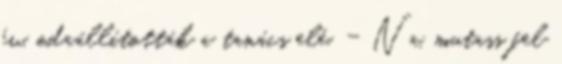
év, odaállították a tanács elé. - Na, mutass fel